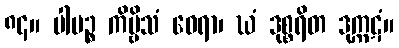
၈၄။ ပါပဉ္စ ကိဗ္ဗိသံ ဝေရာ၊ ဃံ ဒုစ္စရိတ ဒုက္ကဋံ။